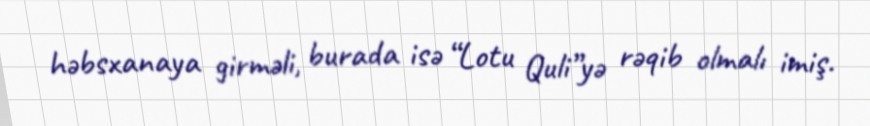
həbsxanaya girməli, burada isə “Lotu Quli”yə rəqib olmalı imiş.